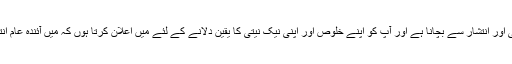
میرا واحد مقصد ملک کو تباہی اور انتشار سے بچانا ہے اور آپ کو اپنے خلوص اور اپنی نیک نیتی کا یقین دلانے کے لئے میں اعلان کرتا ہوں کہ میں آئندہ عام انتخابات میں حصہ نہیں لوں گا۔